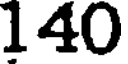
140